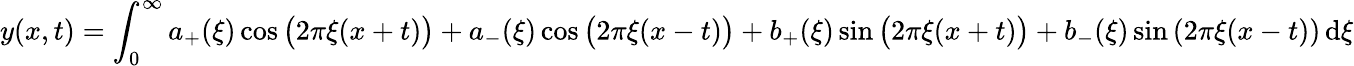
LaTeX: y(x,t)=\int_{0}^{\infty}a_{+}(\xi)\cos{\bigl(}2\pi\xi(x+t){\bigr)}+a_{-}(\xi)\cos{\bigl(}2\pi\xi(x-t){\bigr)}+b_{+}(\xi)\sin{\bigl(}2\pi\xi(x+t){\bigr)}+b_{-}(\xi)\sin\left(2\pi\xi(x-t)\right)\, \mathrm{d}\xi